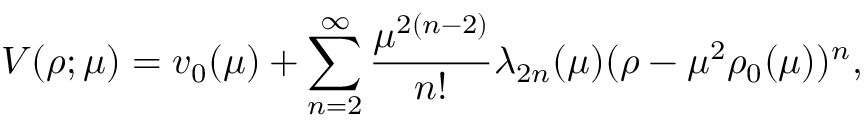
V ( \rho ; \mu ) = v _ { 0 } ( \mu ) + \sum _ { n = 2 } ^ { \infty } \frac { \mu ^ { 2 ( n - 2 ) } } { n ! } \lambda _ { 2 n } ( \mu ) ( \rho - \mu ^ { 2 } \rho _ { 0 } ( \mu ) ) ^ { n } ,